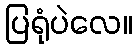
ပြရုံပဲလေ။